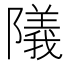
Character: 䧧